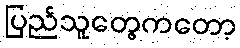
ပြည်သူတွေကတော့